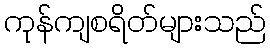
ကုန်ကျစရိတ်များသည်